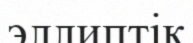
эллиптік